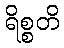
ရိစ္စတိ